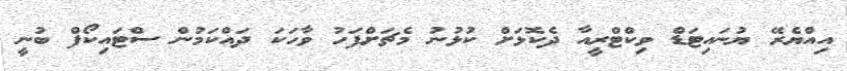
އިއްޔެރޭ ޔުނައިޓަޑް ވިކްޓްރީއާ ދެކޮޅަށް ކުޅުނު މެޗަށްފަހު ވާހަކަ ދައްކަމުން ސްޓައިކޯފް ބުނީ